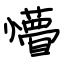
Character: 懵